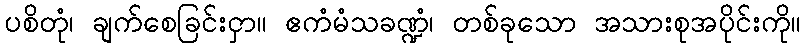
ပစိတုံ၊ ချက်စေခြင်းငှာ။ ဧကံမံသခဏ္ဍံ၊ တစ်ခုသော အသားစုအပိုင်းကို။